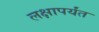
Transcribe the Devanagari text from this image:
लक्षापर्यंत